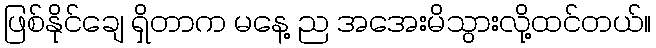
ဖြစ်နိုင်ချေ ရှိတာက မနေ့ ည အအေးမိသွားလို့ထင်တယ်။